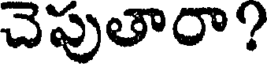
చెపుతారా?